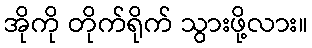
အိုကို တိုက်ရိုက် သွားဖို့လား။